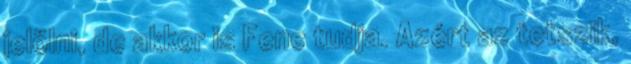
jelölni, de akkor is Fene tudja. Azért az tetszik,